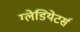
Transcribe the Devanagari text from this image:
ग्लेडियेटर्स